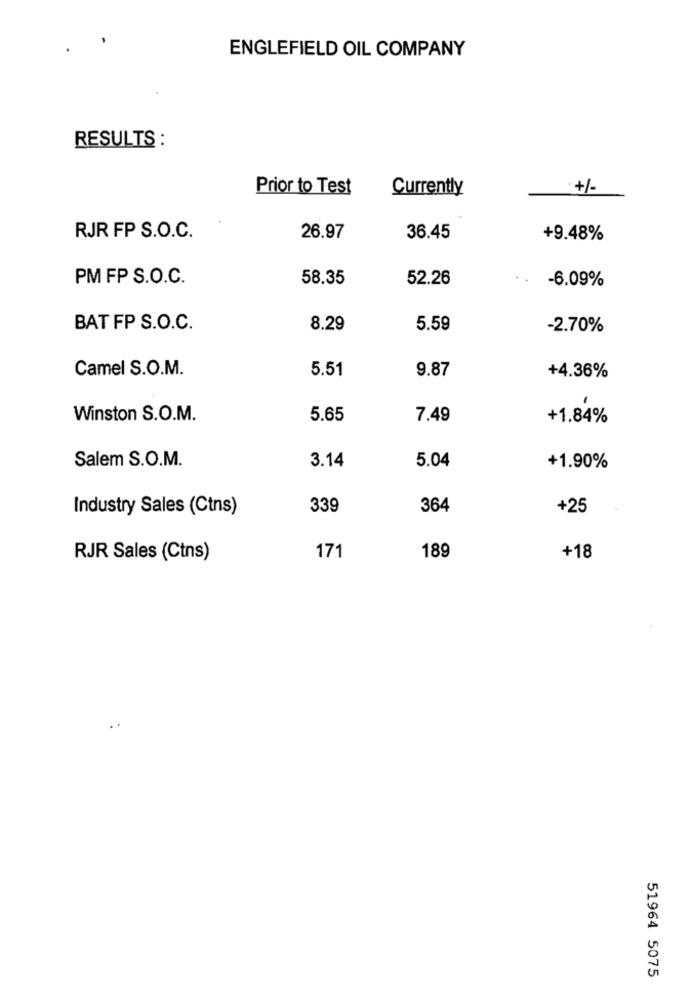
ENGLEFIELD OIL COMPANY
RESULTS :
Prior to Test
Currently
+/-
RJR FP S.O.C.
26.97
36.45
+9.48%
PM FP S.O.C.
58.35
52.26
..
-6.09%
BAT FP S.O.C.
8.29
5.59
-2.70%
Camel S.O.M.
5.51
9.87
+4.36%
Winston S.O.M.
5.65
7.49
+1.84%
Salem S.O.M.
3.14
5.04
+1.90%
Industry Sales (Ctns)
339
364
+25
171
189
RJR Sales (Ctns)
+18
51964 5075